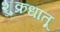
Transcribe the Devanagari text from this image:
शुक्रधातू